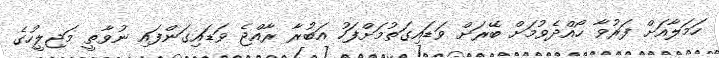
ހަމަލާއަށް ފަރުވާ ހޯއްދެވުމަށް ބޭރަށް ވަޑައިގަތުމަށްފަހު އަބުރާ ރާއްޖެ ވަޑައިގަންފައި ނުވާތީ މަޖިލީހުގެ